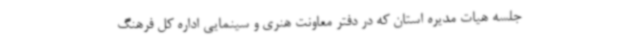
جلسه هیات مدیره استان که در دفتر معاونت هنری و سینمایی اداره کل فرهنگ